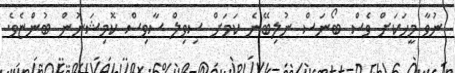
ނުވާ މީހަކަށް ވެސް ބޯނަސް ނުލިބޭނެ ކަމަށް ސިވިލް ސާވިސް ކޮމިޝަނުން ބުންޏެވެ.